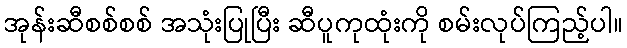
အုန်းဆီစစ်စစ် အသုံးပြုပြီး ဆီပူကုထုံးကို စမ်းလုပ်ကြည့်ပါ။